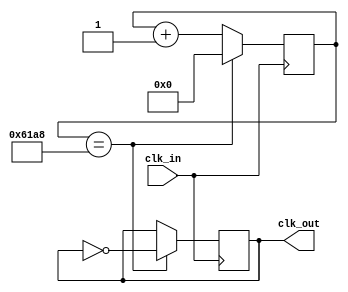
module frequencyDivider(
        input clk_in,
        output reg clk_out=1'b1
    );
	parameter P=32'd50_000;  //1KHz
	reg [31:0]cnt=32'd0;
	always@ (posedge clk_in) begin
		if(cnt==P>>1) begin
			clk_out<=~clk_out;
			cnt<='b0;
		end else cnt<=cnt+'b1;
	end
endmodule